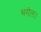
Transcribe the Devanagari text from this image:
भगेल।